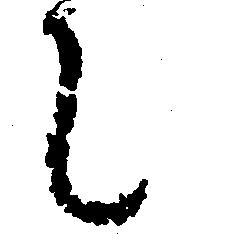
て